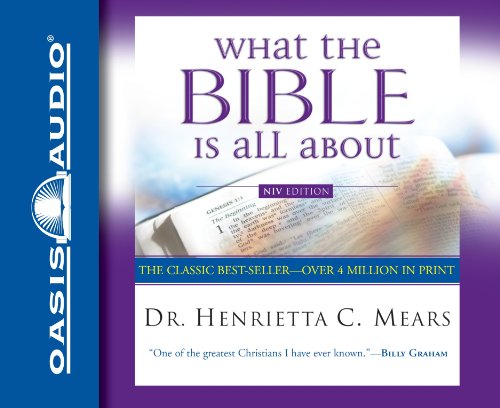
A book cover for What The Bible Is All About; Henrietta Mears; Christian Books & Bibles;